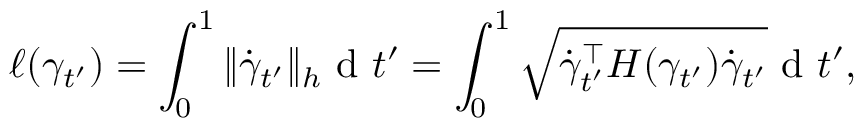
\ell ( \gamma _ { t ^ { \prime } } ) = \int _ { 0 } ^ { 1 } \| \dot { \gamma } _ { t ^ { \prime } } \| _ { h } \mathrm { ~ d ~ } t ^ { \prime } = \int _ { 0 } ^ { 1 } \sqrt { \dot { \gamma } _ { t ^ { \prime } } ^ { \top } H ( \gamma _ { t ^ { \prime } } ) \dot { \gamma } _ { t ^ { \prime } } } \mathrm { ~ d ~ } t ^ { \prime } ,